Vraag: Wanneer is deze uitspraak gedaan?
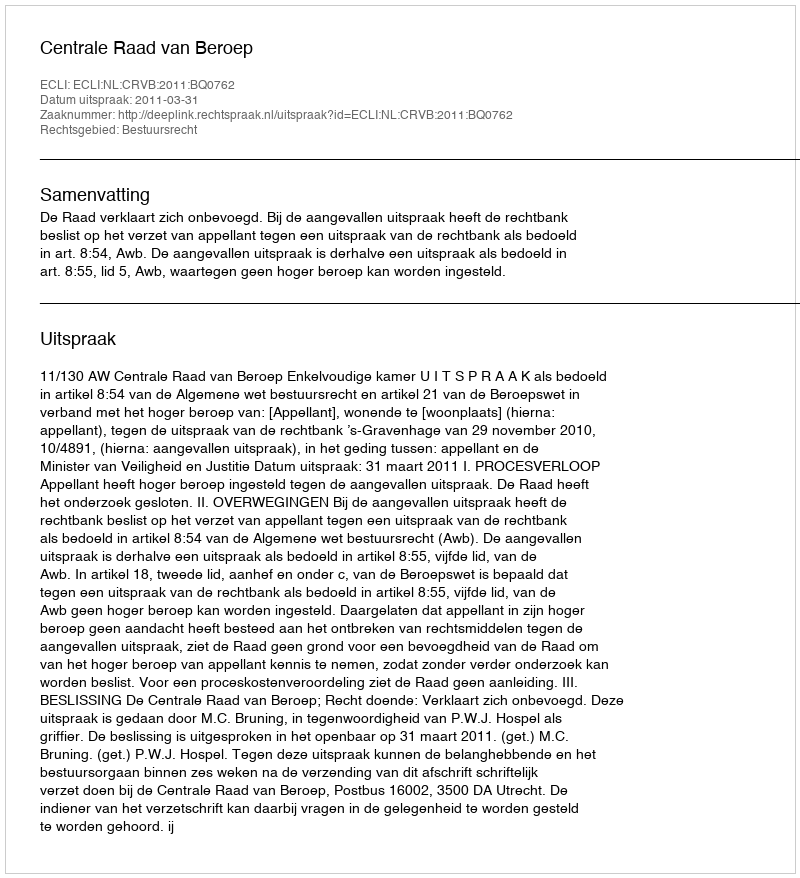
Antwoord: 2011-03-31